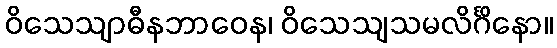
ဝိသေသျာဓီနဘာဝေန၊ ဝိသေသျသမလိင်္ဂိနော။